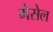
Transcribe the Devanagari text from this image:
मेसेल